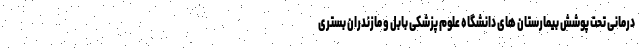
درمانی تحت پوشش بیمارستان های دانشگاه علوم پزشکی بابل و مازندران بستری